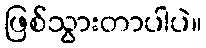
ဖြစ်သွားတာပါပဲ။